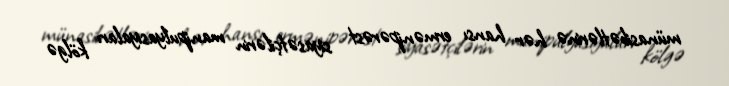
münasibətlərinə hər hansı ermənipərəst siyasətçilərin manipulyasiyaları kölgə